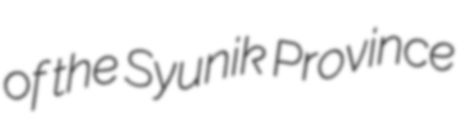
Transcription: of the Syunik Province